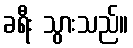
ခရီး သွားသည်။